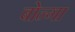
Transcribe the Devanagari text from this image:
बोन्‍गा